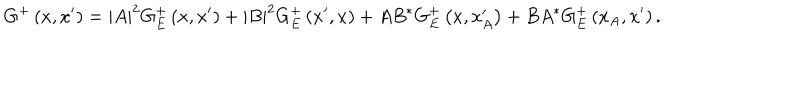
G ^ { + } \left( x , x ^ { \prime } \right) = \left| A \right| ^ { 2 } G _ { E } ^ { + } \left( x , x ^ { \prime } \right) + \left| B \right| ^ { 2 } G _ { E } ^ { + } \left( x ^ { \prime } , x \right) + A B ^ { \ast } G _ { E } ^ { + } \left( x , x _ { A } ^ { \prime } \right) + B A ^ { \ast } G _ { E } ^ { + } \left( x _ { A } , x ^ { \prime } \right) .